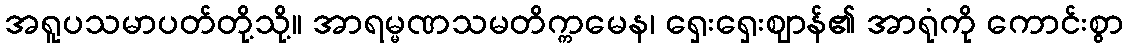
အရူပသမာပတ်တို့သို့။ အာရမ္မဏသမတိက္ကမေန၊ ရှေးရှေးဈာန်၏ အာရုံကို ကောင်းစွာ